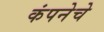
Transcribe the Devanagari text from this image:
कंपनेचे